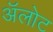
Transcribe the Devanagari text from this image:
अॅलोट